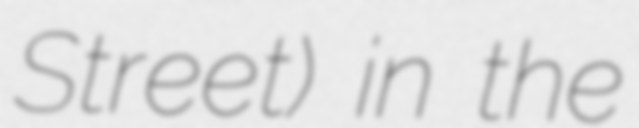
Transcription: Street) in the